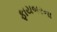
ફાયબરના